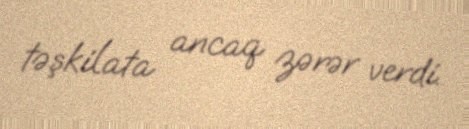
təşkilata ancaq zərər verdi.